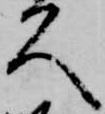
久